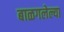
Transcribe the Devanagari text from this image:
बाळगलेल्या